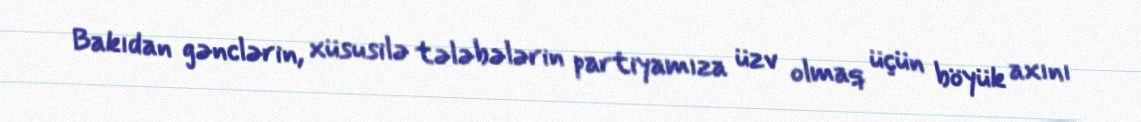
Bakıdan gənclərin, xüsusilə tələbələrin partiyamıza üzv olmaq üçün böyük axını